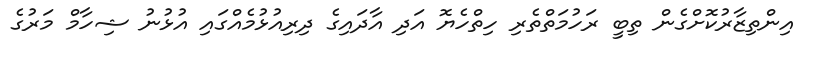
އިންތިޒާރުކޮށްގެން ތިބީ ރަހުމަތްތެރި ހިތްހެޔޮ އަދި އާދައިގެ ދިރިއުޅުމެއްގައި އުޅުނު ޝިހާމް މަރުގެ